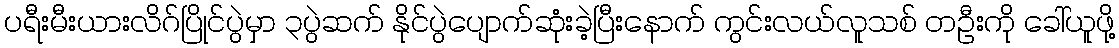
ပရီးမီးယားလိဂ်ပြိုင်ပွဲမှာ ၃ပွဲဆက် နိုင်ပွဲပျောက်ဆုံးခဲ့ပြီးနောက် ကွင်းလယ်လူသစ် တဦးကို ခေါ်ယူဖို့